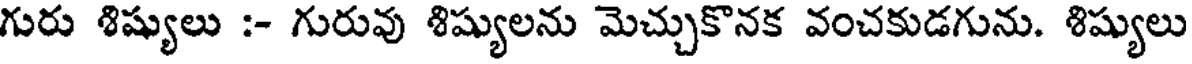
గురు శిష్యులు :- గురువు శిష్యులను మెచ్చుకొనక వంచకుడగును. శిష్యులు